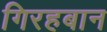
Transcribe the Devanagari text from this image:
गिरहबान